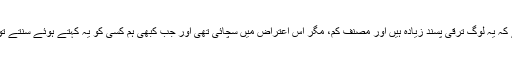
جبھی تو لوگوں نے فقرے کسے کہ یہ لوگ ترقی پسند زیادہ ہیں اور مصنف کم، مگر اس اعتراض میں سچائی تھی اور جب کبھی ہم کسی کو یہ کہتے ہوئے سنتے تو سینے میں ایک تیر سا لگتا تھا۔